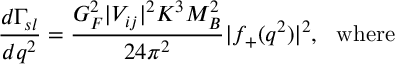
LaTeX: { \frac { d \Gamma _ { s l } } { d q ^ { 2 } } } = { \frac { G _ { F } ^ { 2 } | V _ { i j } | ^ { 2 } K ^ { 3 } M _ { B } ^ { 2 } } { 2 4 \pi ^ { 2 } } } | f _ { + } ( q ^ { 2 } ) | ^ { 2 } , \mathrm { ~ ~ w h e r e }